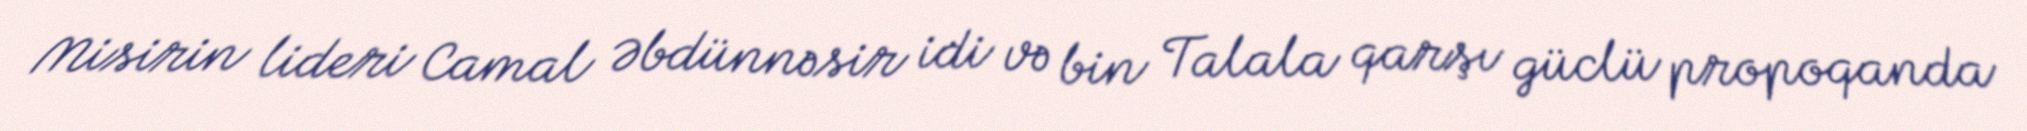
Misirin lideri Camal Əbdünnəsir idi və bin Talala qarşı güclü propoqanda